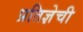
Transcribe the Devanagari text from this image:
प्रतिज्ञेची